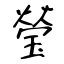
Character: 瑩